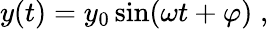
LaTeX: y(t)=y_{0}\sin(\omega t+\varphi)\; ,